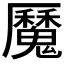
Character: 𩴣